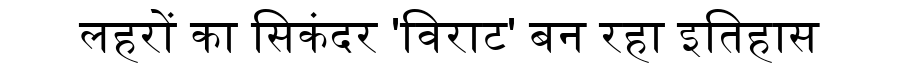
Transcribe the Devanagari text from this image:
लहरों का सिकंदर 'विराट' बन रहा इतिहास